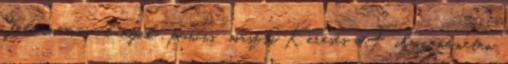
, fehérneműs , lányok , puncis maszti Keresés a Filmzene.neten